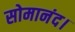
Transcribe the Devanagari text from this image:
सोमानंद।